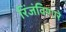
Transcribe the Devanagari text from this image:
रिंजंविणारे